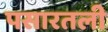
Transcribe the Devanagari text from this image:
पसारतली